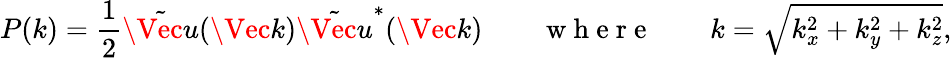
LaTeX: P(k)=\frac{1}{2}\tilde{\Vec{u}}(\Vec{k})\tilde{\Vec{u}}^{*}(\Vec{k})\quad\quad\mathrm{~w~h~e~r~e~}\quad\quad k=\sqrt{k_{x}^{2}+k_{y}^{2}+k_{z}^{2}},